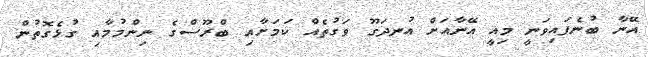
އޭނާ ބުނެފައިވަނީ މިއީ އޭނާއަށް އުނދަގޫ ވަގުތެއް ކަމަށާއި ބްރޫސްގެ ނިންމުމާއި ގުޅެގޮތުން